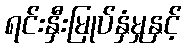
ရင်းနှီးမြုပ်နှံမှုနှင့်